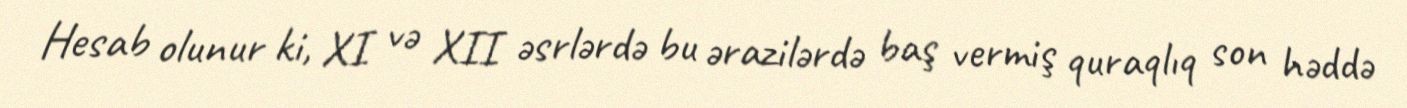
Hesab olunur ki, XI və XII əsrlərdə bu ərazilərdə baş vermiş quraqlıq son həddə